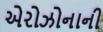
એરોઝોનાની